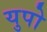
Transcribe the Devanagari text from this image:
युपो